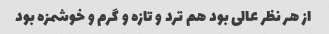
از هر نظر عالی بود هم ترد و تازه و گرم و خوشمزه بود